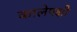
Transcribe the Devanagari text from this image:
कालेपक्षी